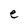
Character: e